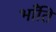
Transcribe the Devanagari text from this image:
भाँंति